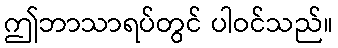
ဤဘာသာရပ်တွင် ပါဝင်သည်။